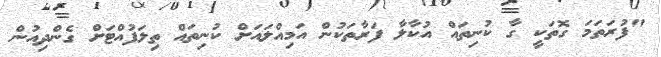
"ފުރަތަމަ ގޮތަކީ ގާ ކުނިތައް އުކާލާ ފަރާތަކުން އަމިއްލައަށް ކުނިތައް ތިލަފުއްޓަށް ގެންދިއުން